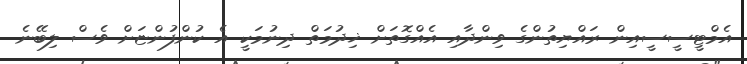
އެމްޓީސީސީއިން ރައްޔިތުންގެ ވިންދާއި އެއްގޮތަށް ޚިދުމަތް ދިނުމަކީ އެ ކުންފުންޏަށް ވެސް ލިބޭނެ